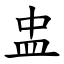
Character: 盅